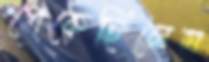
পেকেছিলেম